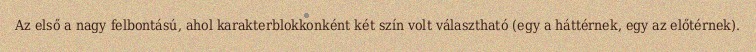
Az első a nagy felbontású, ahol karakterblokkonként két szín volt választható (egy a háttérnek, egy az előtérnek).